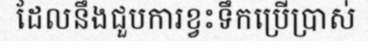
ដែលនឹងជួបការខ្វះទឹកប្រើប្រាស់